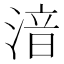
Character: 湆